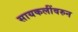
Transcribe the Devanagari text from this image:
सायकलींवरुन